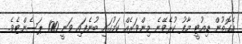
އެގޮތުން ޑިއުޓީ މާފު ކުރެވޭނެ މިންވަރެއް ކަމުގައި ބުނެފައި ވަނީ 100 ޕަސެންޓެވެ.